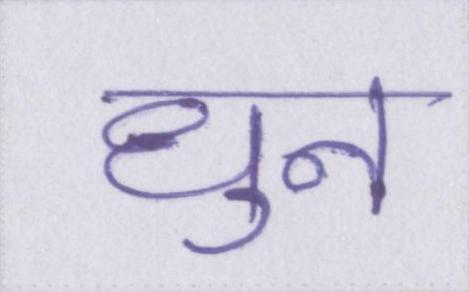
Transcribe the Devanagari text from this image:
धुन